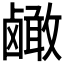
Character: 𬸹